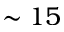
\sim 1 5